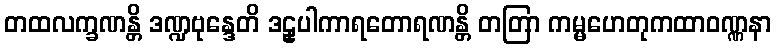
တထလက္ခဏန္တိ ဒဏ္ဍဗုန္ဒေတိ ဒဠှပါကာရတောရဏန္တိ တတြာ ကမ္မဟေတုကထာဝဏ္ဏနာ